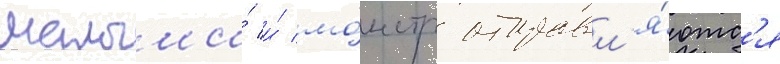
малыши́ и́ мо́нстр отправл'я́ютс'я